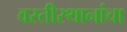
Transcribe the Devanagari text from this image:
वस्तीस्थानांचा